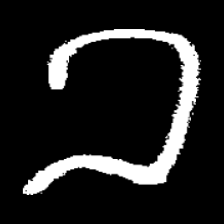
Pyu character \u2014 Myanmar letter: ခ (romanized: kha)